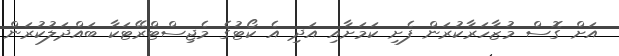
އަށް ގޮސް މުޒާހަރާކުރަން ފެށި ކަމަށާއި އަދި އެ ކޯޓުގެ މެޖިސްޓްރޭޓަކާ ބައްދަލުކުރަން